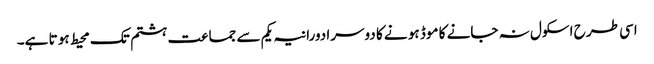
اسی طر ح اسکول نہ جانے کا موڈ ہو نے کا دوسرا دورانیہ یکم سے جما عت ہشتم تک محیط ہو تا ہے۔